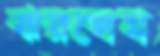
ঝরলেম